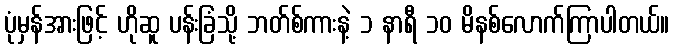
ပုံမှန်အားဖြင့် ဟိုဆူ ပန်းခြံသို့ ဘတ်စ်ကားနဲ့ ၁ နာရီ ၁၀ မိနစ်လောက်ကြာပါတယ်။